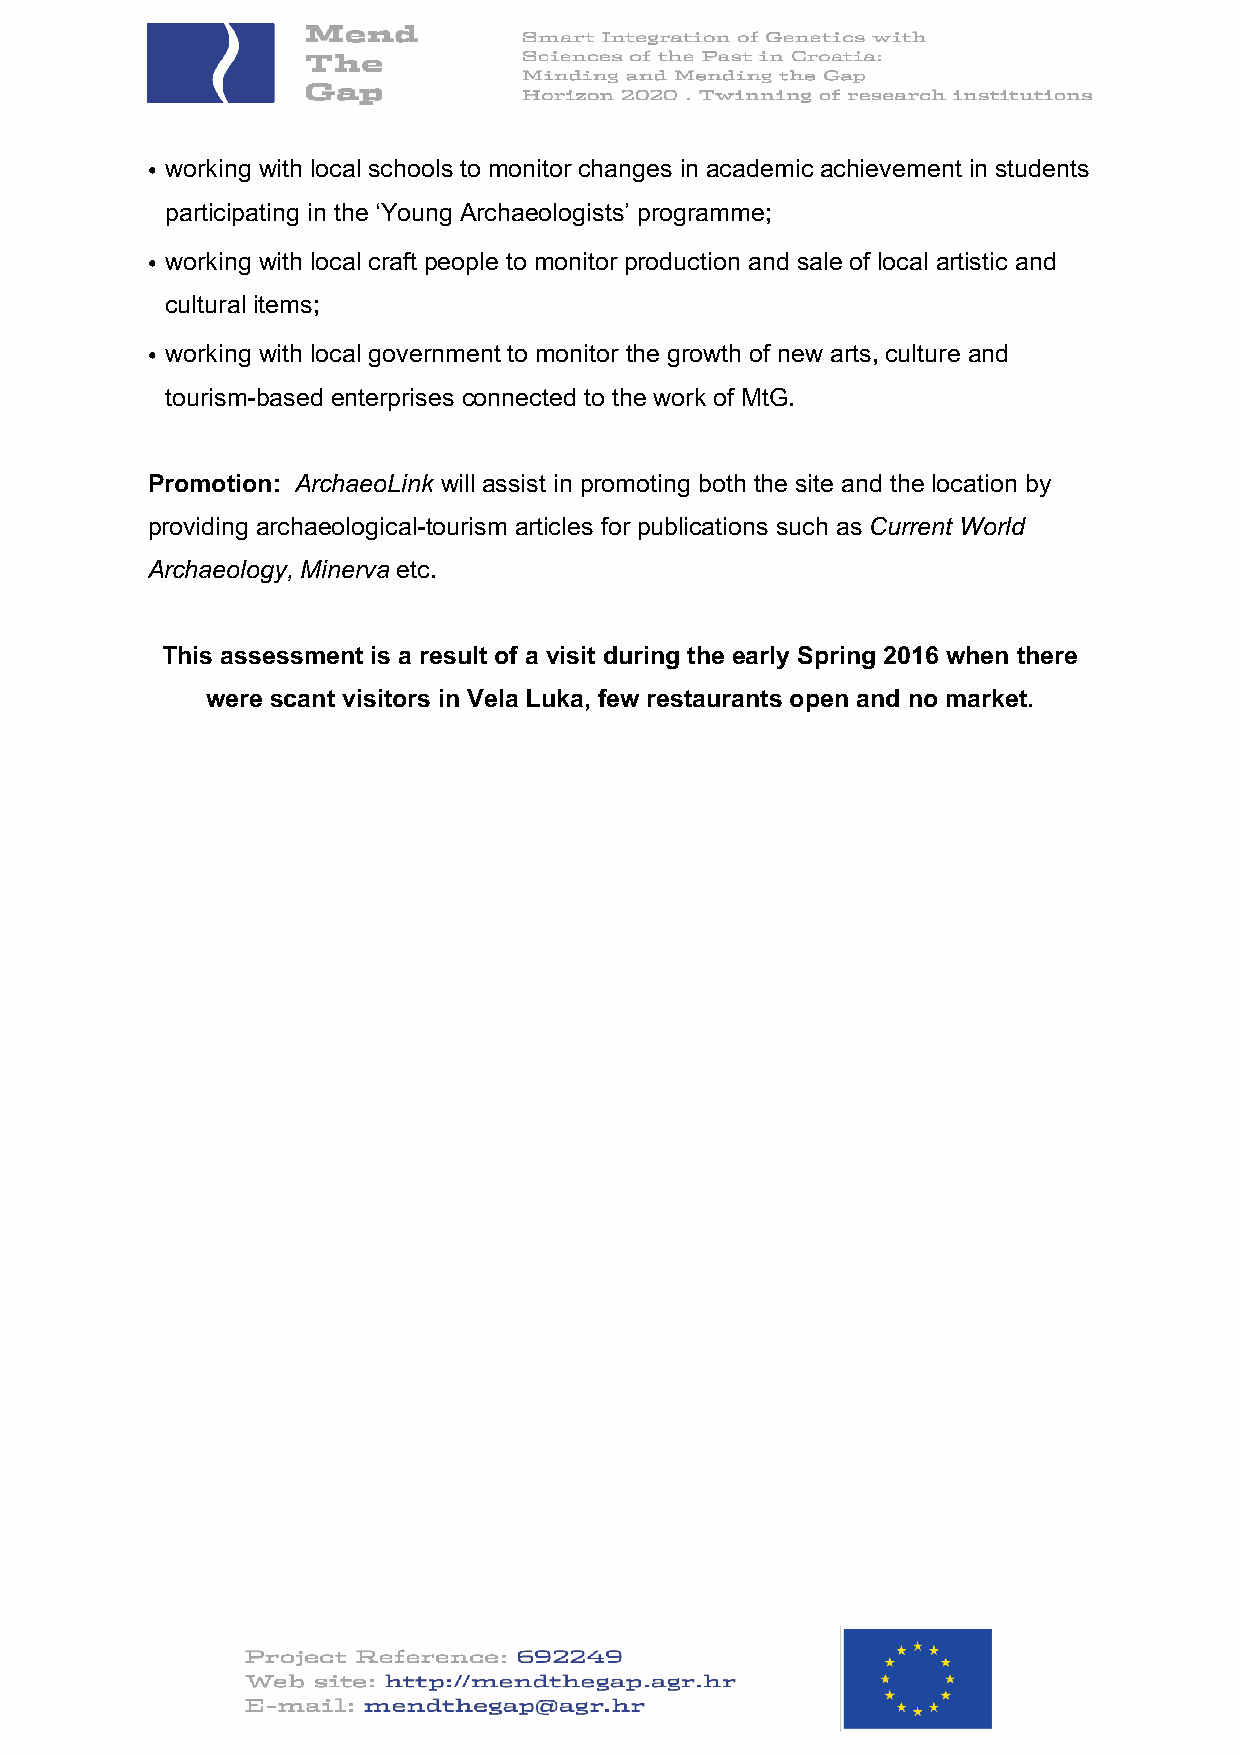
• working with local schools to monitor changes in academic achievement in students
 participating in the ‘Young Archaeologists’ programme;
 • working with local craft people to monitor production and sale of local artistic and
 cultural items;
 • working with local government to monitor the growth of new arts, culture and
 tourism-based enterprises connected to the work of MtG.
 Promotion: ArchaeoLink will assist in promoting both the site and the location by
 providing archaeological-tourism articles for publications such as Current World
 Archaeology, Minerva etc.
 This assessment is a result of a visit during the early Spring 2016 when there
 were scant visitors in Vela Luka, few restaurants open and no market.